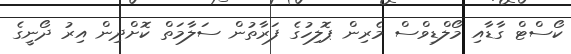
ކޯސްޓް ގާޑާއި މޯލްޑިވްސް މެރިން ޕޮލިހުގެ ފަރާތުން ސަލާމަތް ކޮށްދިން އިރު ދޯނީގެ